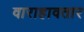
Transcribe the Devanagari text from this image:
वाराहावतार